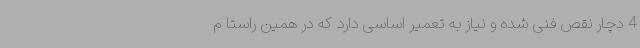
4 دچار نقص فنی ‌شده و نیاز به تعمیر اساسی دارد که در همین راستا م